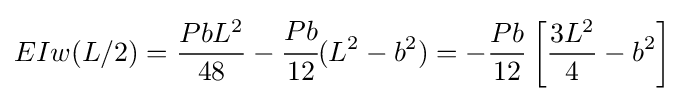
EIw(L/2)={\dfrac {PbL^{2}}{48}}-{\cfrac {Pb}{12}}(L^{2}-b^{2})=-{\frac {Pb}{12}}\left[{\frac {3L^{2}}{4}}-b^{2}\right]